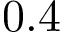
0 . 4